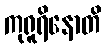
ကုရူရိနောတိ